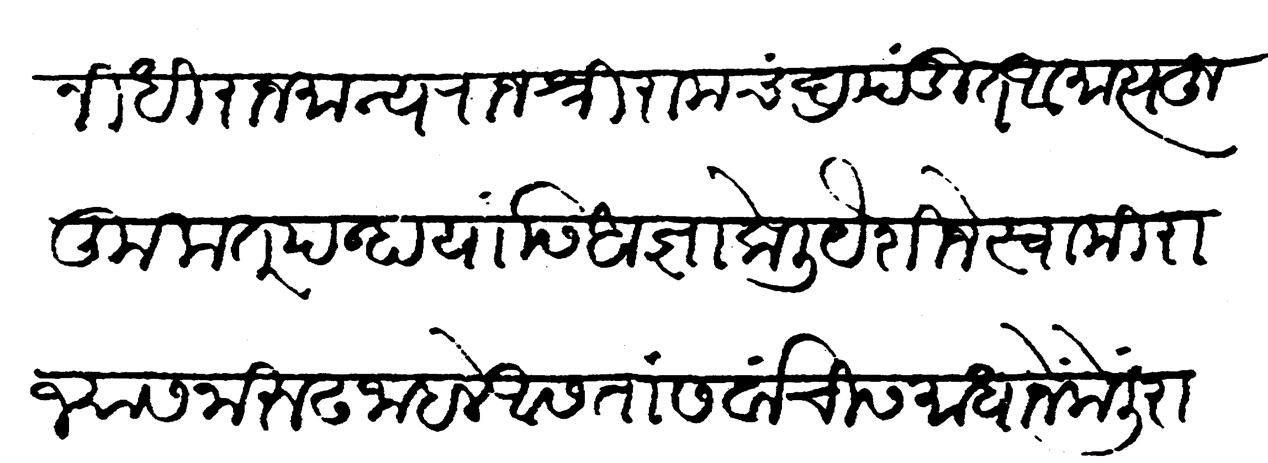
Transliteration (Devanagari): विश्वासनिधि राजमान्य राजश्री रामचंद्र पंडित आमात्य हु कुमतपन्हा यास आज्ञा केली यैशीजे स्वामी राज्यासनारूढ जाहले आसता सर्वांची समाधाने केली राज्याचा